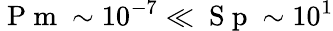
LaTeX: \mathrm{~P~m~}\sim 10^{-7}\ll\mathrm{~S~p~}\sim 10^{1}